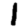
Digit: 1